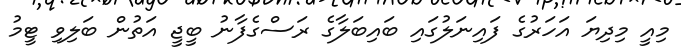
މިއީ މިދިޔަ އަހަރުގެ ފައިނަލުގައި ބައިބަލާގެ ރަސްގެފާނު ބީޖީ އަތުން ބަލިވި ޓީމު